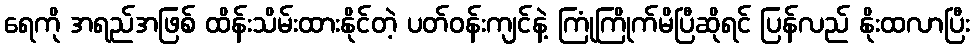
ရေကို အရည်အဖြစ် ထိန်းသိမ်းထားနိုင်တဲ့ ပတ်ဝန်းကျင်နဲ့ ကြုံကြိုက်မိပြီဆိုရင် ပြန်လည် နိုးထလာပြီး